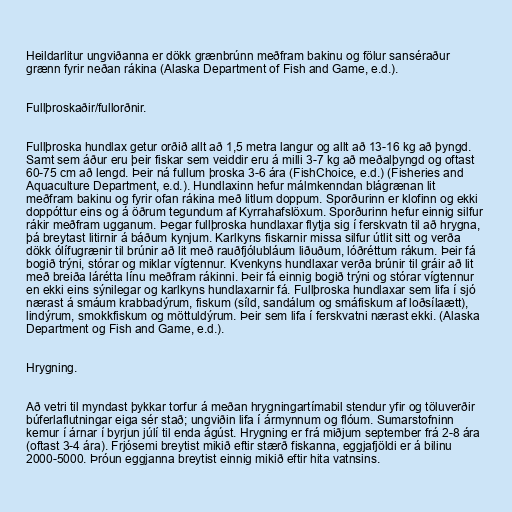
Heildarlitur ungviðanna er dökk grænbrúnn meðfram bakinu og fölur sanséraður
grænn fyrir neðan rákina (Alaska Department of Fish and Game, e.d.).

Fullþroskaðir/fullorðnir.

Fullþroska hundlax getur orðið allt að 1,5 metra langur og allt að 13-16 kg að þyngd.
Samt sem áður eru þeir fiskar sem veiddir eru á milli 3-7 kg að meðalþyngd og oftast
60-75 cm að lengd. Þeir ná fullum þroska 3-6 ára (FishChoice, e.d.) (Fisheries and
Aquaculture Department, e.d.). Hundlaxinn hefur málmkenndan blágrænan lit
meðfram bakinu og fyrir ofan rákina með litlum doppum. Sporðurinn er klofinn og ekki
doppóttur eins og á öðrum tegundum af Kyrrahafslöxum. Sporðurinn hefur einnig silfur
rákir meðfram ugganum. Þegar fullþroska hundlaxar flytja sig í ferskvatn til að hrygna,
þá breytast litirnir á báðum kynjum. Karlkyns fiskarnir missa silfur útlit sitt og verða
dökk ólífugrænir til brúnir að lit með rauðfjólubláum liðuðum, lóðréttum rákum. Þeir fá
bogið trýni, stórar og miklar vígtennur. Kvenkyns hundlaxar verða brúnir til gráir að lit
með breiða lárétta línu meðfram rákinni. Þeir fá einnig bogið trýni og stórar vígtennur
en ekki eins sýnilegar og karlkyns hundlaxarnir fá. Fullþroska hundlaxar sem lifa í sjó
nærast á smáum krabbadýrum, fiskum (síld, sandálum og smáfiskum af loðsílaætt),
lindýrum, smokkfiskum og möttuldýrum. Þeir sem lifa í ferskvatni nærast ekki. (Alaska
Department og Fish and Game, e.d.).

Hrygning.

Að vetri til myndast þykkar torfur á meðan hrygningartímabil stendur yfir og töluverðir
búferlaflutningar eiga sér stað; ungviðin lifa í ármynnum og flóum. Sumarstofninn
kemur í árnar í byrjun júlí til enda ágúst. Hrygning er frá miðjum september frá 2-8 ára
(oftast 3-4 ára). Frjósemi breytist mikið eftir stærð fiskanna, eggjafjöldi er á bilinu
2000-5000. Þróun eggjanna breytist einnig mikið eftir hita vatnsins.